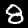
Label: 8